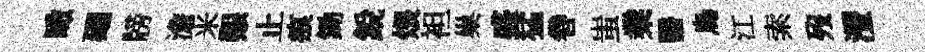
瞰廽牓澹米艱止痕鋤銳煨袒巢盛猛巻蚩業醫烏江索歿灃